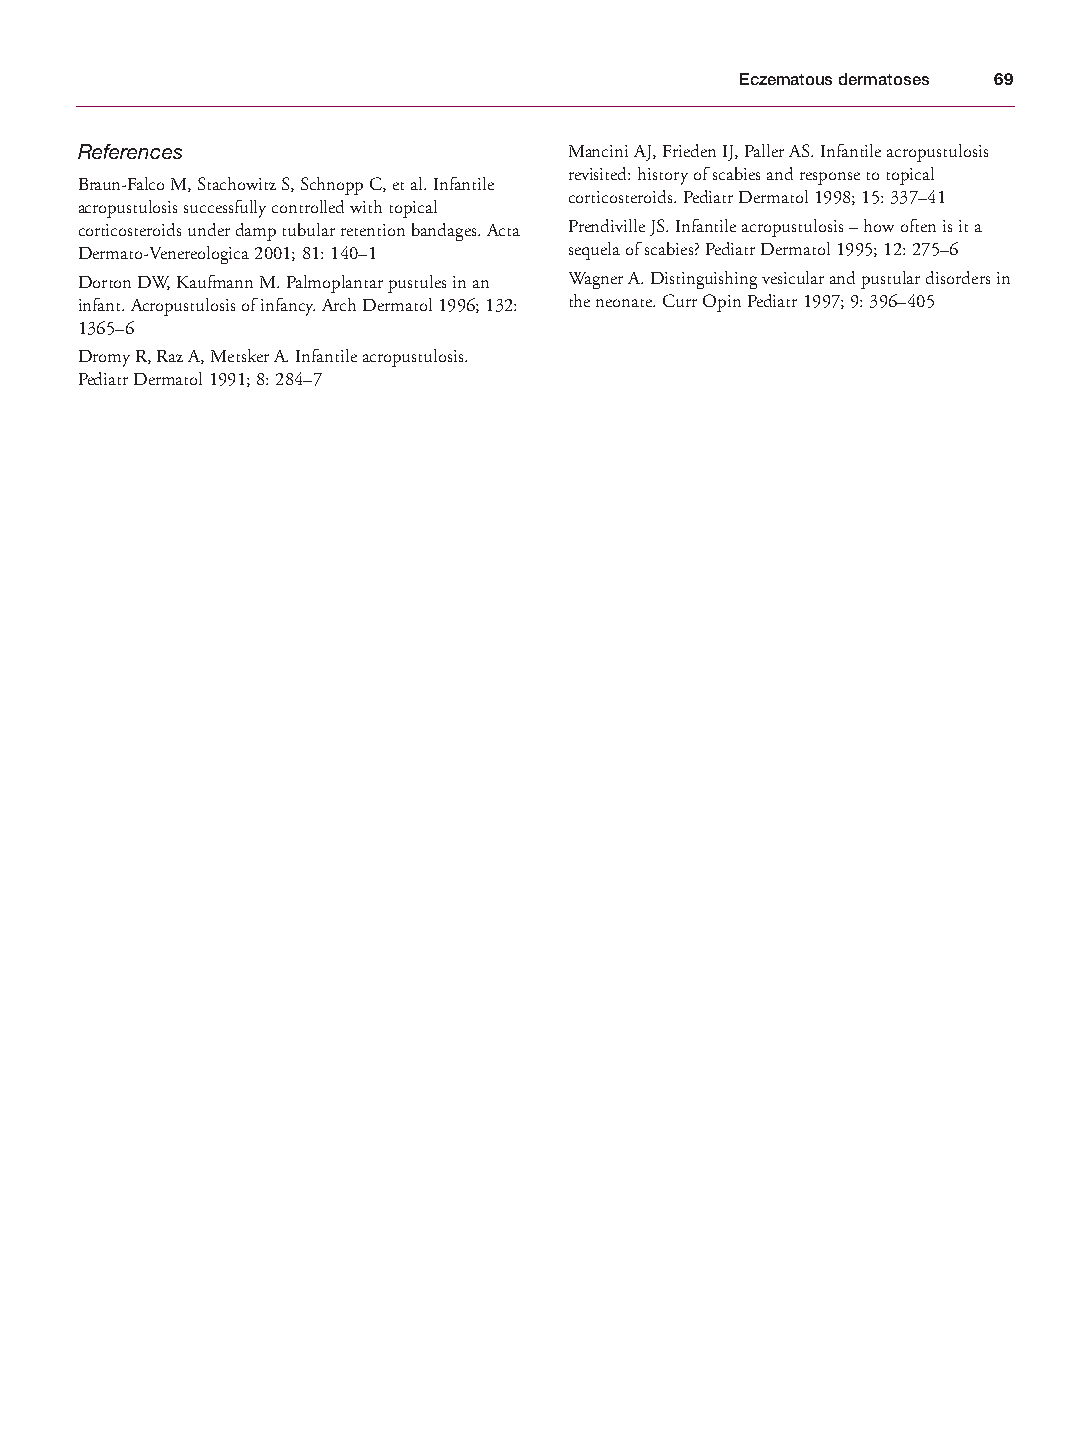
Mallory Chapter 04 27/1/05 1:24 pm Page 69
 Eczematous dermatoses 69
 References                       Mancini AJ, Frieden IJ, Paller AS. Infantile acropustulosis
 revisited: history of scabies and response to topical
 Braun-Falco M, Stachowitz S, Schnopp C, et al. Infantile
 corticosteroids. Pediatr Dermatol 1998; 15: 337–41
 acropustulosis successfully controlled with topical
 corticosteroids under damp tubular retention bandages. Acta Prendiville JS. Infantile acropustulosis – how often is it a
 Dermato-Venereologica 2001; 81: 140–1 sequela of scabies? Pediatr Dermatol 1995; 12: 275–6
 Dorton DW, Kaufmann M. Palmoplantar pustules in an Wagner A. Distinguishing vesicular and pustular disorders in
 infant. Acropustulosis of infancy. Arch Dermatol 1996; 132: the neonate. Curr Opin Pediatr 1997; 9: 396–405
 1365–6
 Dromy R, Raz A, Metsker A. Infantile acropustulosis.
 Pediatr Dermatol 1991; 8: 284–7